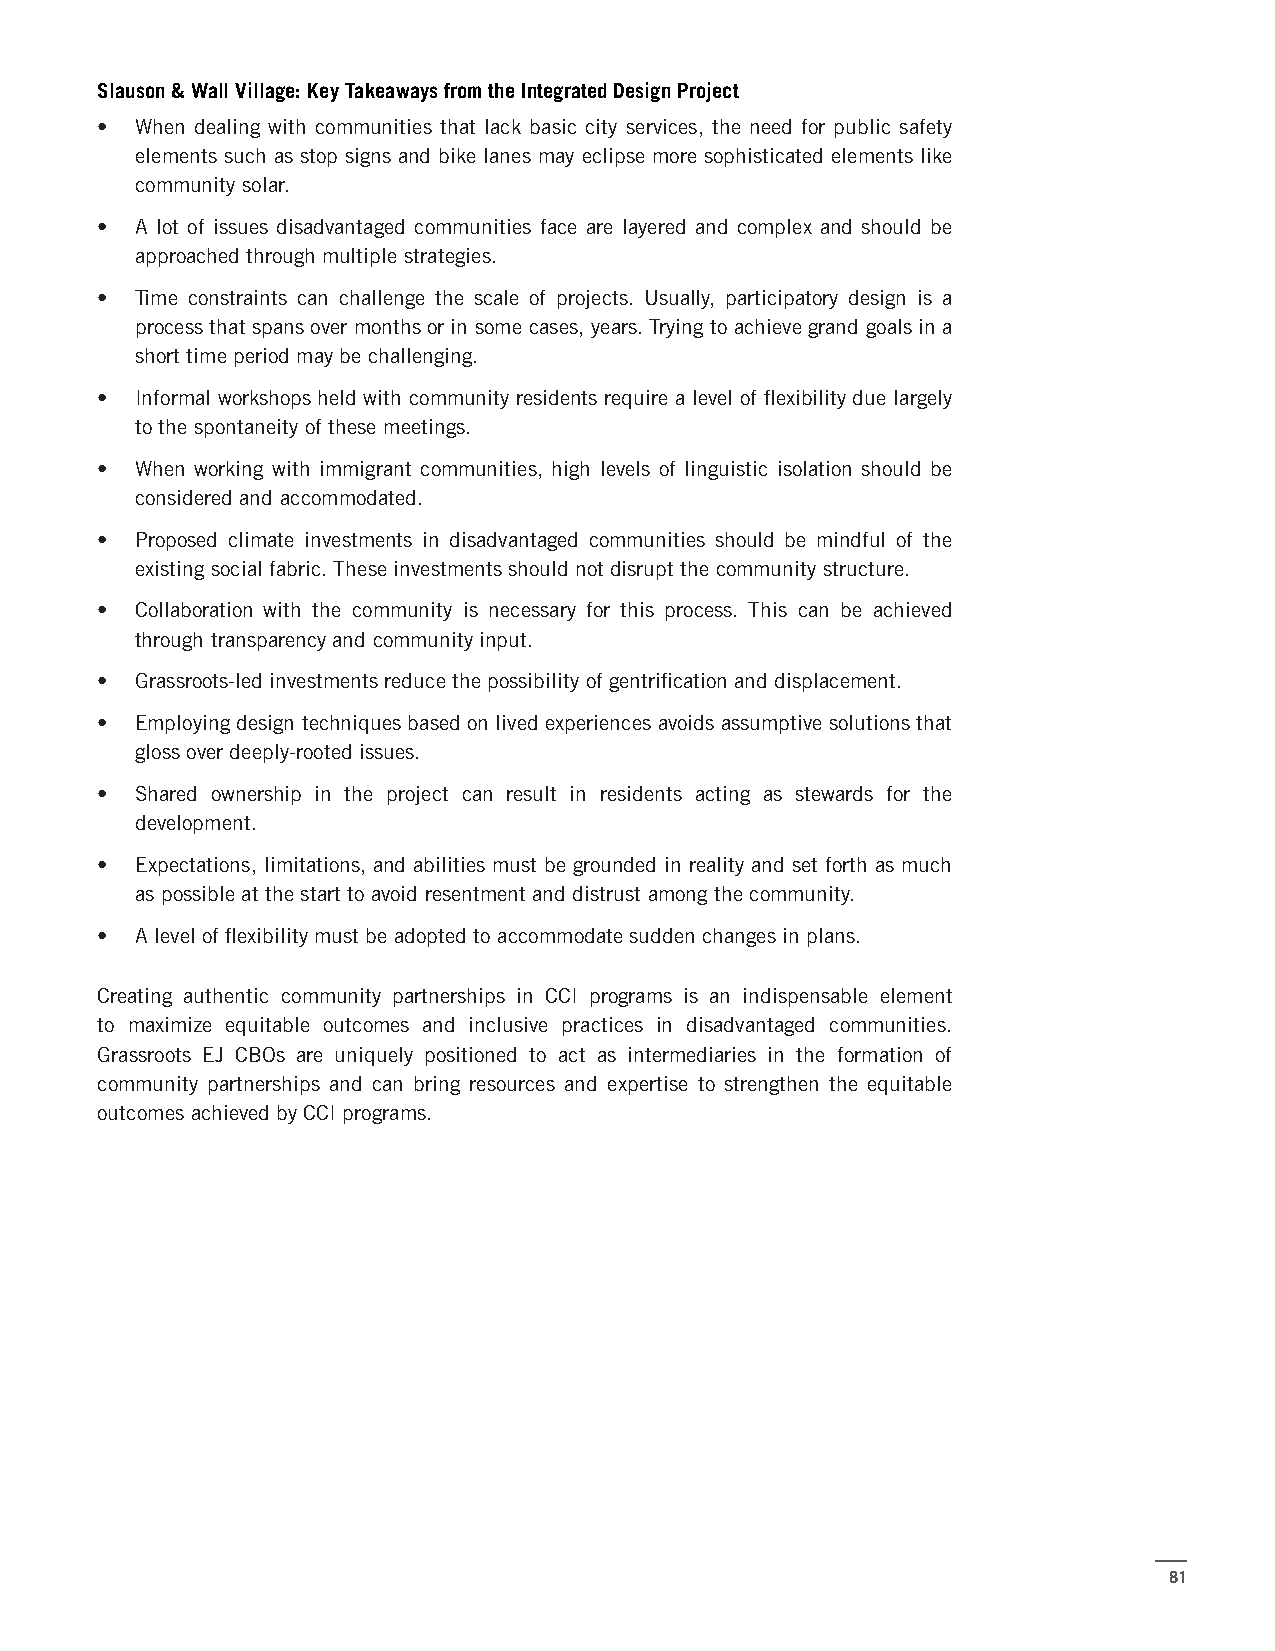
Slauson & Wall Village: Key Takeaways from the Integrated Design Project
 •  When dealing with communities that lack basic city services, the need for public safety
 elements such as stop signs and bike lanes may eclipse more sophisticated elements like
 community solar.
 •  A lot of issues disadvantaged communities face are layered and complex and should be
 approached through multiple strategies.
 •  Time constraints can challenge the scale of projects. Usually, participatory design is a
 process that spans over months or in some cases, years. Trying to achieve grand goals in a
 short time period may be challenging.
 •  Informal workshops held with community residents require a level of flexibility due largely
 to the spontaneity of these meetings.
 •  When working with immigrant communities, high levels of linguistic isolation should be
 considered and accommodated.
 •  Proposed climate investments in disadvantaged communities should be mindful of the
 existing social fabric. These investments should not disrupt the community structure.
 •  Collaboration with the community is necessary for this process. This can be achieved
 through transparency and community input.
 •  Grassroots-led investments reduce the possibility of gentrification and displacement.
 •  Employing design techniques based on lived experiences avoids assumptive solutions that
 gloss over deeply-rooted issues.
 •  Shared ownership in the project can result in residents acting as stewards for the
 development.
 •  Expectations, limitations, and abilities must be grounded in reality and set forth as much
 as possible at the start to avoid resentment and distrust among the community.
 •  A level of flexibility must be adopted to accommodate sudden changes in plans.
 Creating authentic community partnerships in CCI programs is an indispensable element
 to maximize equitable outcomes and inclusive practices in disadvantaged communities.
 Grassroots EJ CBOs are uniquely positioned to act as intermediaries in the formation of
 community partnerships and can bring resources and expertise to strengthen the equitable
 outcomes achieved by CCI programs.
 81